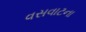
વસવાટના